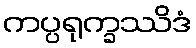
ကပ္ပရုက္ခဿိဒံ